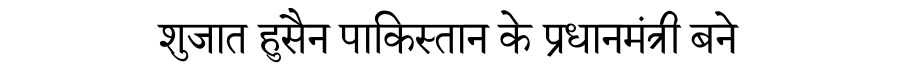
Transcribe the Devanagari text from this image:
शुजात हुसैन पाकिस्तान के प्रधानमंत्री बने